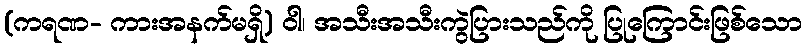
(ကရဏ- ကားအနက်မရှိ) ဝါ၊ အသီးအသီးကွဲပြားသည်ကို ပြုကြောင်းဖြစ်သော